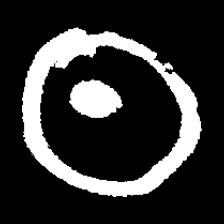
Pyu character \u2014 Myanmar letter: ထ (romanized: tha)